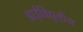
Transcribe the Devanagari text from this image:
डाईविद्युतीय